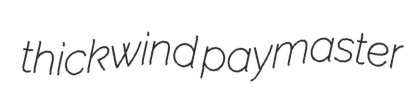
thickwind paymaster